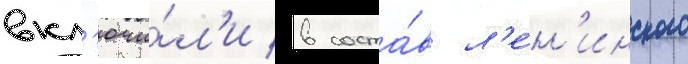
вкл'ючи́л'и в соста́в л'е́н'инского